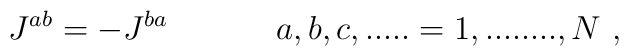
J^{ab} = - J^{ba}  \ \ \ \ \ \ \ \ \ \ a,b,c,..... = 1,........,N\ ,